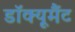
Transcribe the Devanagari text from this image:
डॉक्यूमैंट